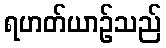
ရဟတ်ယာဉ်သည်